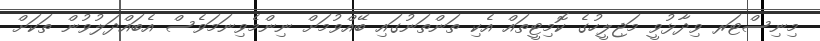
މިނިސްޓަރ ވިދާޅުވީ މަޖިލީހުގެ ކޮމިޓީތައް އެކި ތަންތަނުގައި ބޭއްވުމަށް ނިންމެވިނަމަވެސް އެބައްދަލުވުން ތަކަށް